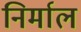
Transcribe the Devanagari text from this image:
निर्माल